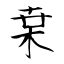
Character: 枽